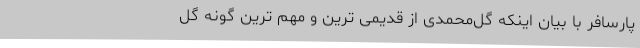
پارسافر با بیان اینکه گل‌محمدی از قدیمی‌ ترین و مهم‌ ترین گونه گل